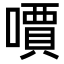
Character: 𠿪